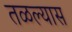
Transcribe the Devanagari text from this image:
तळल्यास